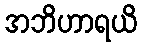
အဘိဟာရယိ